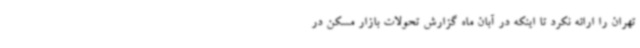
تهران را ارائه نکرد تا اینکه در آبان ماه گزارش تحولات بازار مسکن در